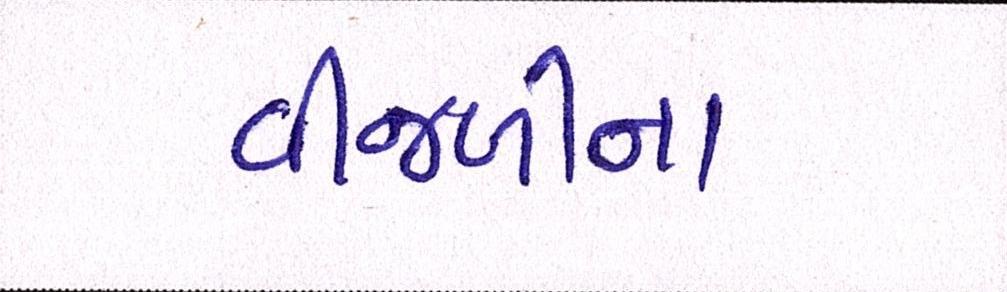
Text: વીજળીના